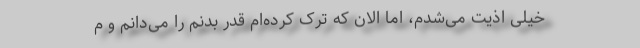
خیلی اذیت می‌شدم، اما الان که ترک کرده‌ام قدر بدنم را می‌دانم و م